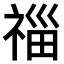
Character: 𥚉